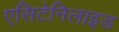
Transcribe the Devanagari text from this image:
एसिटेनिलाइड